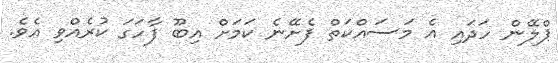
ޕްލޭން ހަދައި އެ މަސައްކަތް ފެށޭނެ ކަމަށް އިބޫ ފާހަގަ ކުރެއްވި އެވެ.